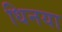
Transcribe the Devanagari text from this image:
धिनया